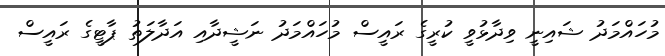
މުހައްމަދު ޝައިނީ ވިދާޅުވީ ކުރީގެ ރައީސް މުހައްމަދު ނަޝީދާއި އަދާލަތު ޕާޓީގެ ރައީސް